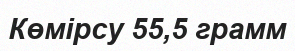
Көмірсу 55,5 грамм